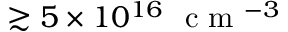
\gtrsim 5 \times 1 0 ^ { 1 6 } ~ \textrm { c m } ^ { - 3 }